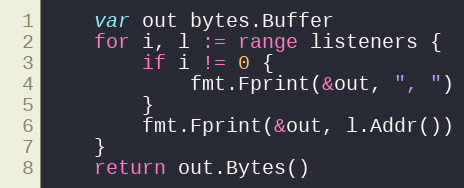
Language: Go
	var out bytes.Buffer
	for i, l := range listeners {
		if i != 0 {
			fmt.Fprint(&out, ", ")
		}
		fmt.Fprint(&out, l.Addr())
	}
	return out.Bytes()